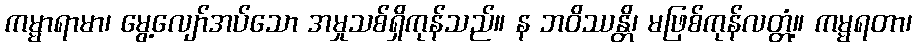
ကမ္မာရာမာ၊ မွေ့လျော်အပ်သော အမှုသစ်ရှိကုန်သည်။ န ဘဝိဿန္တိ၊ မဖြစ်ကုန်လတ္တံ့။ ကမ္မရတာ၊